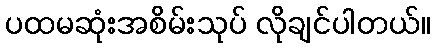
ပထမဆုံးအစိမ်းသုပ် လိုချင်ပါတယ်။